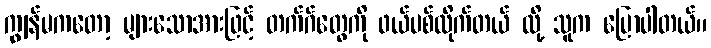
ကျွန်မကတော့ များသောအားဖြင့် တက်ဂ်တွေကို ဖယ်ပစ်လိုက်တယ် လို့ သူက ပြောပါတယ်။